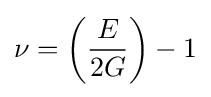
\nu =\left({\frac {E}{2G}}\right)-1